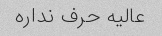
عالیه حرف نداره